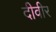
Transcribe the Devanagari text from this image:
दीवीर